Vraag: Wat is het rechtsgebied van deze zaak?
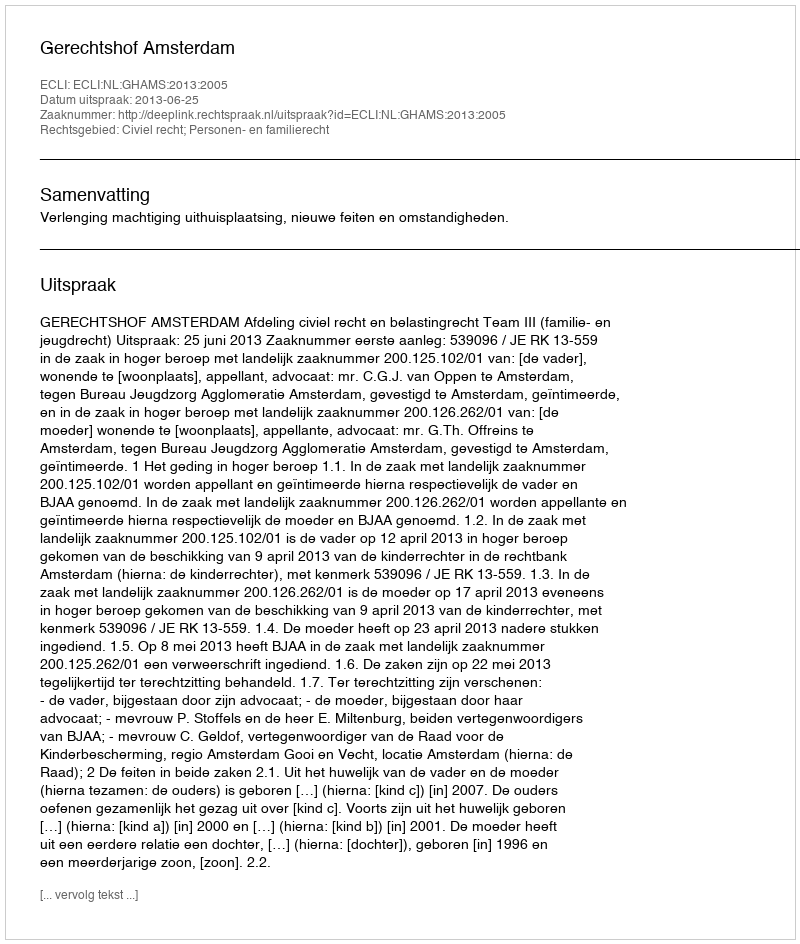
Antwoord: Civiel recht; Personen- en familierecht